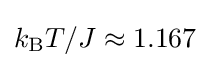
k_{\rm {B}}T/J\approx 1.167